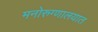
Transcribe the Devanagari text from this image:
मनोरुग्णालयात